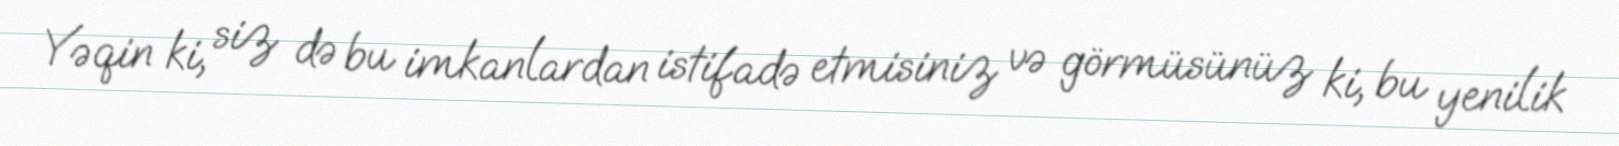
Yəqin ki, siz də bu imkanlardan istifadə etmisiniz və görmüsünüz ki, bu yenilik